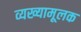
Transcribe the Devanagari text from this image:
व्यख्यामूलक